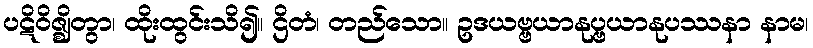
ပဋိဝိဇ္ဈိတွာ၊ ထိုးထွင်းသိ၍။ ဌိတံ၊ တည်သော။ ဥဒယဗ္ဗယာနုပ္ဗယာနုပဿနာ နာမ၊